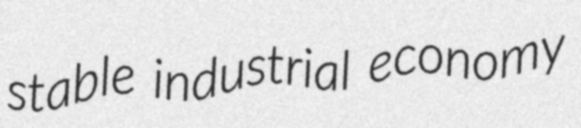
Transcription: stable industrial economy